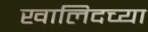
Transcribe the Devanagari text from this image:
खालिदच्या